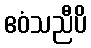
ဧဝံသညီပိ